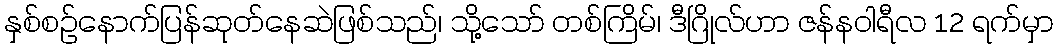
နှစ်စဥ်နောက်ပြန်ဆုတ်နေဆဲဖြစ်သည်၊ သို့သော် တစ်ကြိမ်၊ ဒီဂြိုလ်ဟာ ဇန်န၀ါရီလ 12 ရက်မှာ